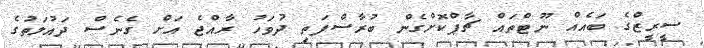
ސީރީޒްގެ ބައެއް ނޫޓްތައް ޗާޕްކޮށްގެން ބުރާސްފަތި ދުވަހު ރާއްޖެ އަށް ގެނެސް ދައުލަތުގެ